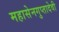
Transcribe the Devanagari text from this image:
महासेनगुप्तादेवी